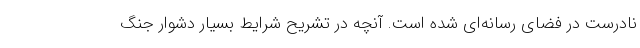
نادرست در فضای رسانه‌ای شده است. آنچه در تشریح شرایط بسیار دشوار جنگ